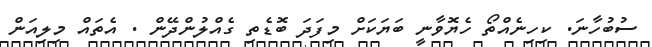
ސުބުހާނަ. ކިހިނެއްތޯ ހެޔޮވާނީ ބަޔަކަށް މިފަދަ ބޮޑެތި ގެއްލުންދޭން . އެތައް މިލިއަން